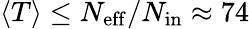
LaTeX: \langle T\rangle\leq{N_{\mathrm{eff}}}/{N_{\mathrm{in}}}\approx 74